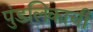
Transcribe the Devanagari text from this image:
पुंडलिकाची